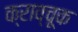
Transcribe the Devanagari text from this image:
क्राव्चूक